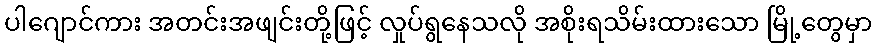
ပါဂျောင်ကား အတင်းအဖျင်းတို့ဖြင့် လှုပ်ရွနေသလို အစိုးရသိမ်းထားသော မြို့တွေမှာ